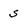
Character: s